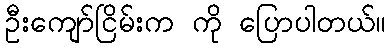
ဦးကျော်ငြိမ်းက ကို ပြောပါတယ်။